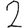
Digit: 2